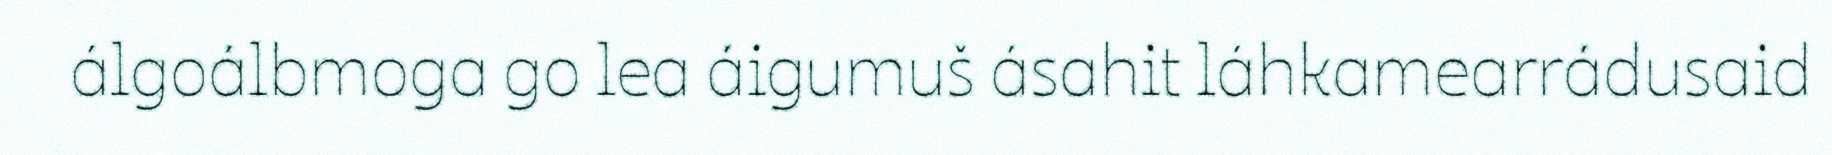
álgoálbmoga go lea áigumuš ásahit láhkamearrádusaid